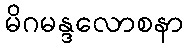
မိဂမန္ဒလောစနာ